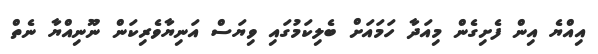
އިއްޔެ އިން ފެށިގެން މިއަދާ ހަމައަށް ބެލިކަމުގައި ވިޔަސް އަނިޔާވެރިކަން ނޫނިއްޔާ ނެތް